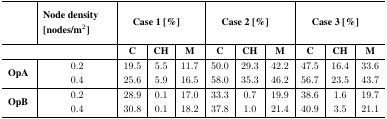
<table><thead><tr><td></td><td><b>Node density [nodes/m<sup>2</sup>]</b></td><td colspan="3"><b>Case 1[%]</b></td><td colspan="3"><b>Case 2[%]</b></td><td colspan="3"><b>Case 3[%]</b></td></tr><tr><td colspan="2"></td><td><b>C</b></td><td><b>CH</b></td><td><b>M</b></td><td><b>C</b></td><td><b>CH</b></td><td><b>M</b></td><td><b>C</b></td><td><b>CH</b></td><td><b>M</b></td></tr></thead><tbody><tr><td><b>OpA</b></td><td>0.20.4</td><td>19.525.6</td><td>5.55.9</td><td>11 716 5</td><td>50.058.0</td><td>29.335.3</td><td>42.246.2</td><td>47.556.7</td><td>16.423.5</td><td>33.643.7</td></tr><tr><td><b>OpB</b></td><td>0.20.4</td><td>28.930.8</td><td>0.10.1</td><td>17.018.2</td><td>33.337.8</td><td>0.71.0</td><td>19.921.4</td><td>38.640.9</td><td>1.63.5</td><td>19.721.1</td></tr></tbody></table>